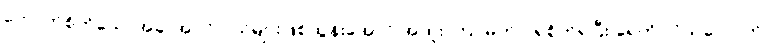
ကောက်စိုက်သောအခါ အပင် ငယ်များဖြစ်ထွန်းအောင် အထူး ကြပ်မတ် ဂရုစိုက်ရပြီး ရေကို လိုသလောက်